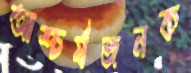
আশ্চর্যজনক